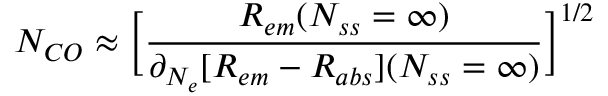
N _ { C O } \approx \Big [ \frac { R _ { e m } ( N _ { s s } = \infty ) } { \partial _ { N _ { e } } [ R _ { e m } - R _ { a b s } ] ( N _ { s s } = \infty ) } \Big ] ^ { 1 / 2 }